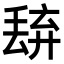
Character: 𬻭